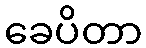
ခေပိတာ